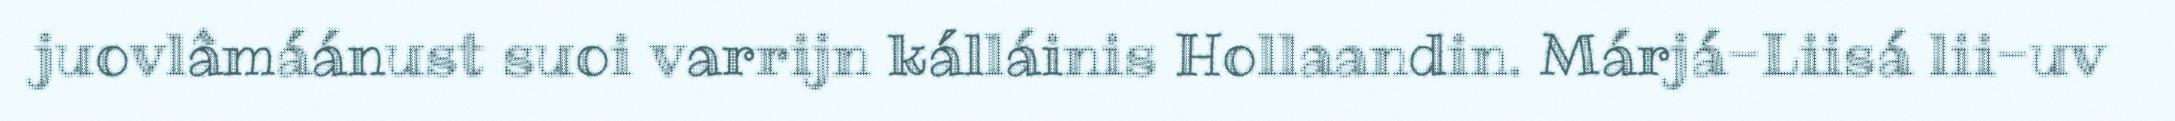
juovlâmáánust suoi varrijn kálláinis Hollaandin. Márjá-Liisá lii-uv